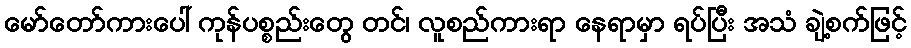
မော်တော်ကားပေါ် ကုန်ပစ္စည်းတွေ တင်၊ လူစည်ကားရာ နေရာမှာ ရပ်ပြီး အသံ ချဲ့စက်ဖြင့်